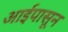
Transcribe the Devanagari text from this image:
आईपासून